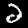
Label: 2